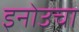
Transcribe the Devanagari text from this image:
इनोउचा